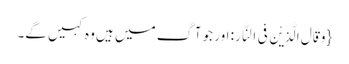
{وَ قَالَ الَّذِیْنَ فِی النَّارِ: اور جو آگ میں ہیں وہ کہیں گے۔